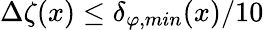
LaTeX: \Delta\zeta(x)\leq\delta_{\varphi,min}(x)/10